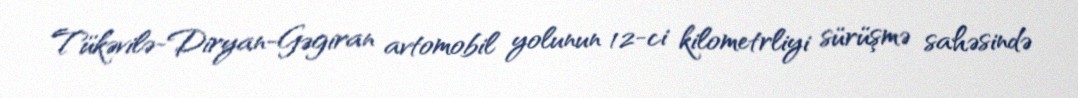
Tükəvilə-Diryan-Gəgiran avtomobil yolunun 12-ci kilometrliyi sürüşmə sahəsində